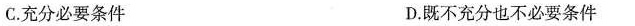
C.充分必要条件 D.既不充分也不必要条件